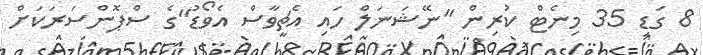
8 ގަޑި 35 މިނެޓް ކުރިން "ނޭޝަނަލް ހައި އެޗީވާސް އެވޯޑު"ގެ ސްޕޮންސަރަކަށް